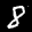
Label: 8